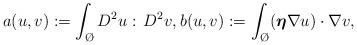
LaTeX: \begin{align*}a(u,v):=\int_{\O}D^2 u:\,D^2 v, b(u,v):=\int_{\O}(\boldsymbol{\eta} \nabla u)\cdot \nabla v,\end{align*}